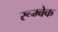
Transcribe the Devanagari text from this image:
रूम्बेक